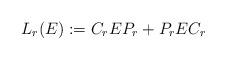
LaTeX: \begin{align*}L_r(E):=C_r E P_r + P_r E C_r\end{align*}